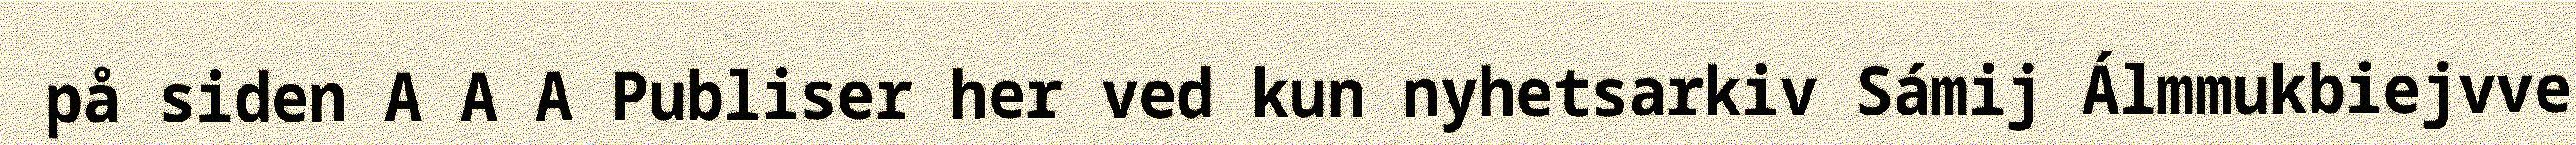
på siden A A A Publiser her ved kun nyhetsarkiv Sámij Álmmukbiejvve